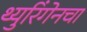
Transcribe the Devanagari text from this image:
थ्युरिंगेनचा